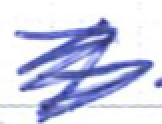
Text: 7
Cross-out: scratch
Writing tool: ballpoint